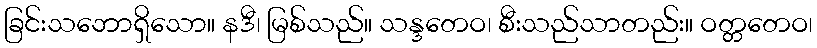
ခြင်းသဘောရှိသော။ နဒီ၊ မြစ်သည်။ သန္ဒတေဝ၊ စီးသည်သာတည်း။ ဝတ္တတေဝ၊